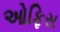
ઓફિસ